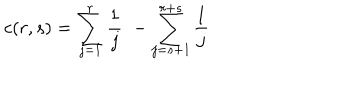
c ( r , s ) = \sum _ { j = 1 } ^ { r } \frac { 1 } { j } \, \, - \sum _ { j = s + 1 } ^ { r + s } \frac { 1 } { j }